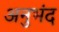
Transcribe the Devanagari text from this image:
अनुभंद